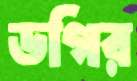
ডগির